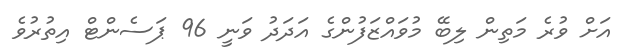
އަށް ވުރެ މަތިން ލިބޭ މުވައްޒަފުންގެ އަދަދު ވަނީ 96 ޕަސެންޓް އިތުރުވެ